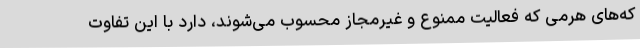
که‌های هرمی که فعالیت ممنوع و غیرمجاز محسوب می‌شوند، دارد با این تفاوت